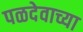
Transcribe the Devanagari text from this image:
पळदेवाच्या